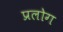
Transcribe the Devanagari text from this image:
प्रलोग